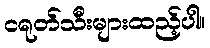
ငရုတ်သီးများထည့်ပါ။